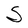
Character: S